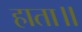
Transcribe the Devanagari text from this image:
हाता॥